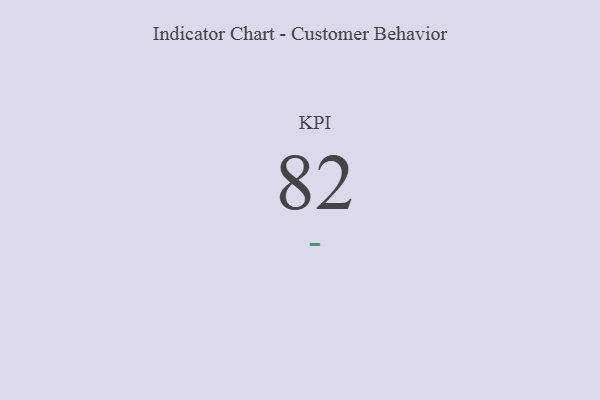
{"axis": {"x": "KPI", "y": "Value"}, "legend": [""], "data": [{"x": "KPI", "y": 82, "type": ""}]}